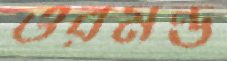
ওরমন্ড